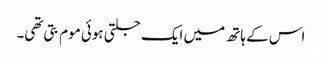
اس کے ہاتھ میں ایک جلتی ہوئی موم بتی تھی۔